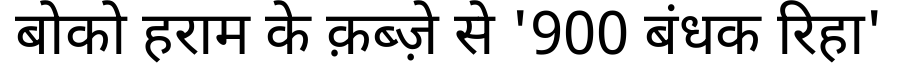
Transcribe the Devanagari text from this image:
बोको हराम के क़ब्ज़े से '900 बंधक रिहा'